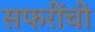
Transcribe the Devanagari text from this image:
सफरींची